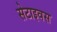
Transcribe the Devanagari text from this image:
सेटाइवस